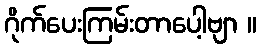
ဂိုက်ပေးကြမ်းတာပေါ့ဗျာ ။